Lock hospitals Punjab
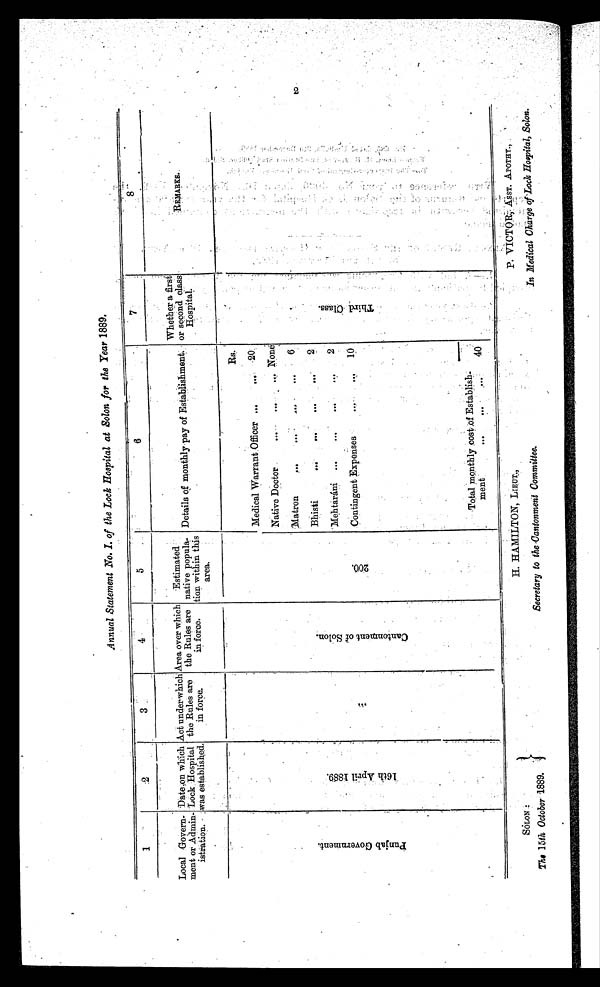
SOLON :
The 15th October
1889.
H.HAMILTON, T
IE-UT.,
Secretary to the Cantonment Committee.
P. VICTOR, ASST. APOTHY.,
In Medical Charge of Lock Hospital, Solon.
Annual Statement No. I. of the Lock Hospital at Solon for the Year 1889.
1
2
3
4
5
6
7
8
Local Govern-
meat or Admin-
istration.
Date on which
Lock Hospital
was established.
Act under-which
the Rules are
in force.
Area over which
the Rules are
in force.
Estimated
native popula-
tion within this
area.
Details of monthly pay of Establishment.
Whether a first
or second class
Hospital.
Remarks.
p u n j a b G o v e r n m e n t .
1 6 t h A p r i l 1 8 8 9 .
. . .
C a n t o n m e n t o f t h e .
2 0 0 .
Rs.
T h i r d C l a s s .
Medical Warrant Officer ...
. . .
20
Native Doctor
...
...
. . . None
Matron
...
...
...
. . .
6
Bhisti
... ...
...
. . .
2
Mehtaráni
...
...
...
. . .
2
Contingent Expenses
...
. . .
10
Total monthly cost; E s t a b l i s h -
ment
. . . . . . . . .
40